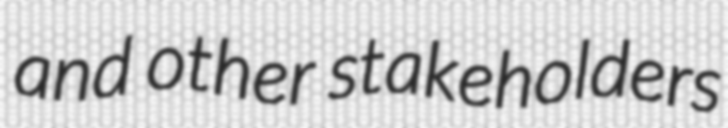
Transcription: and other stakeholders